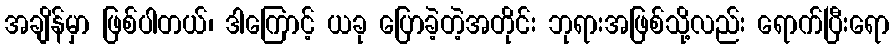
အချိန်မှာ ဖြစ်ပါတယ်၊ ဒါကြောင့် ယခု ပြောခဲ့တဲ့အတိုင်း ဘုရားအဖြစ်သို့လည်း ရောက်ပြီးရော